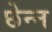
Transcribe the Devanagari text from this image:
छेन्न